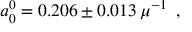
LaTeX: a _ { 0 } ^ { 0 } = 0 . 2 0 6 \pm 0 . 0 1 3 \, \mu ^ { - 1 } \enspace ,